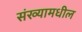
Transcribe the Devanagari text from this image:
संख्यामधील